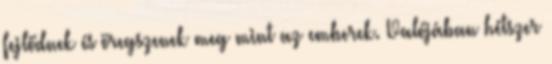
fejlődnek és öregszenek meg mint az emberek. Valójában hétszer